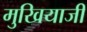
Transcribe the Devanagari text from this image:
मुखियाजी